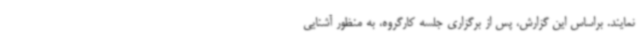
نمایند. براساس این گزارش، پس از برگزاری جلسه کارگروه، به منظور آشنایی